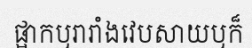
ផ្អាកឬរារាំងវេបសាយឬក៏